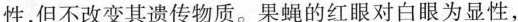
性，但不改变其遗传物质。果蝇的红眼对白眼为显性，